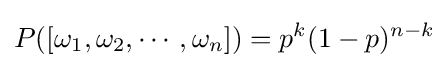
P([\omega _{1},\omega _{2},\cdots ,\omega _{n}])=p^{k}(1-p)^{n-k}